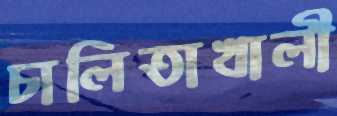
চালিতাখালী